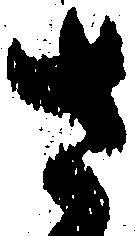
さ